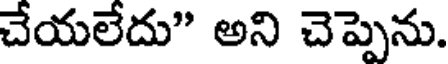
చేయలేదు" అని చెప్పెను.